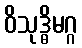
ဝိသုဒ္ဓိမဂ္ဂ